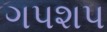
ગપશપ